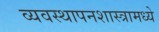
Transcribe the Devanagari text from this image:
व्यवस्थापनशास्त्रामध्ये